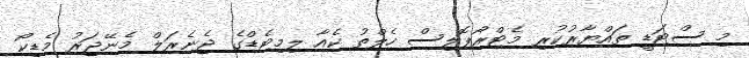
މި ސްޓަޑީ ތައްޔާރުކުރި މެޓްރޯޕޮލިސް ހެލްތު ކެއާ ލިމިޓެޑްގެ ޖެނެރަލް މެނޭޖަރު މެޑިކޯ